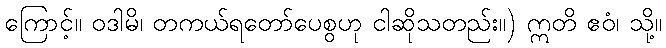
ကြောင့်။ ဝဒါမိ၊ တကယ်ရတော်ပေစွဟု ငါဆိုသတည်း။) ဣတိ ဧဝံ၊ သို့။